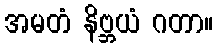
အမတံ နိဗ္ဘယံ ဂတာ။